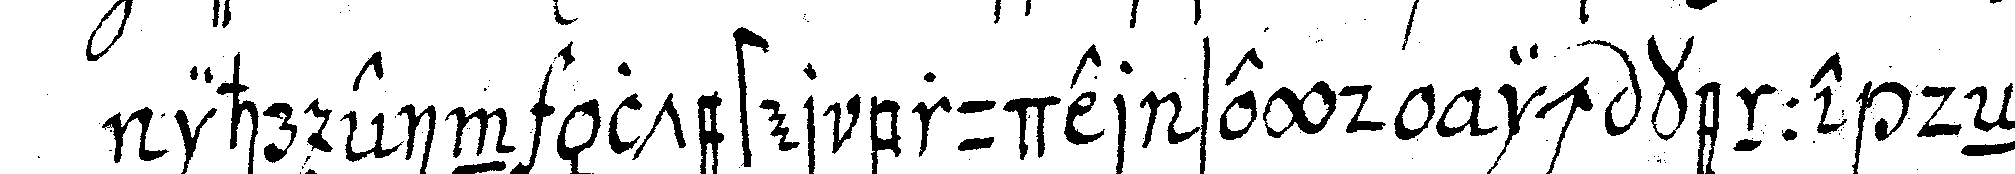
ihr ein ältester bruder seyd ich kenne deN